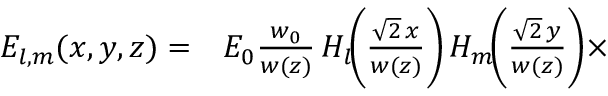
\begin{array} { r l } { E _ { l , m } ( x , y , z ) = } & { { } E _ { 0 } { \frac { w _ { 0 } } { w ( z ) } } \, H _ { l } \! { \Bigg ( } { \frac { { \sqrt { 2 } } \, x } { w ( z ) } } { \Bigg ) } \, H _ { m } \! { \Bigg ( } { \frac { { \sqrt { 2 } } \, y } { w ( z ) } } { \Bigg ) } \times } \end{array}